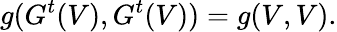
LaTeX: g(G^{t}(V),G^{t}(V))=g(V,V).